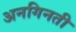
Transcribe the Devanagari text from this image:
अनगिनती